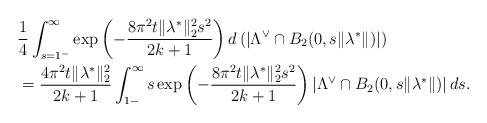
LaTeX: \begin{align*}&\frac{1}{4}\int_{s=1^-}^{\infty} \exp\left(-\frac{8\pi^2 t\|\lambda^*\|_2^2s^2}{2k+1} \right)d\left(\left|\Lambda^\vee \cap B_2(0,s\|\lambda^*\|) \right| \right)\\&= \frac{4\pi^2 t \|\lambda^*\|_2^2}{2k+1}\int_{1-}^\infty s\exp\left(-\frac{8\pi^2 t\|\lambda^*\|_2^2 s^2}{2k+1}\right) \left|\Lambda^\vee \cap B_2(0,s\|\lambda^*\|) \right|ds.\end{align*}